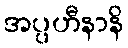
အပ္ပဟီနာနိ